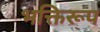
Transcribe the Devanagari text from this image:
भक्तिरूप